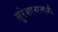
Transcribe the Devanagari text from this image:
सुरेशानान्दजी